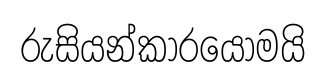
රුසියන්කාරයොමයි